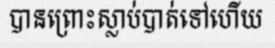
បានព្រោះស្លាប់បាត់ទៅហើយ